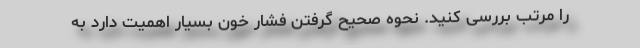
را مرتب بررسی کنید. نحوه صحیح گرفتن فشار خون بسیار اهمیت دارد به